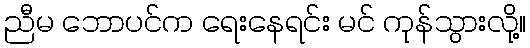
ညီမ ဘောပင်က ရေးနေရင်း မင် ကုန်သွားလို့။